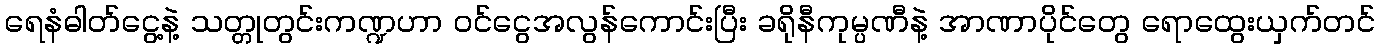
ရေနံဓါတ်ငွေ့နဲ့ သတ္တုတွင်းကဏ္ဍဟာ ဝင်ငွေအလွန်ကောင်းပြီး ခရိုနီကုမ္ပဏီနဲ့ အာဏာပိုင်တွေ ရောထွေးယှက်တင်